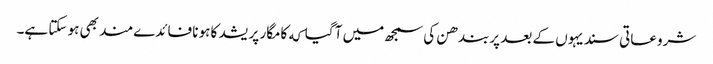
شروعاتی سندیہوں کے بعد پربندھن کی سمجھ میں آ گیا که کامگار پریشد کا ہونا فائدےمند بھی ہو سکتا ہے۔